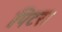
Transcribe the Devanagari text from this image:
पिटरा